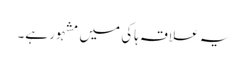
یہ علاقہ ہاکی میں مشہور ہے۔